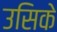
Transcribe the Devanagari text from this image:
उसिके